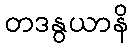
တဒနွယာနိ